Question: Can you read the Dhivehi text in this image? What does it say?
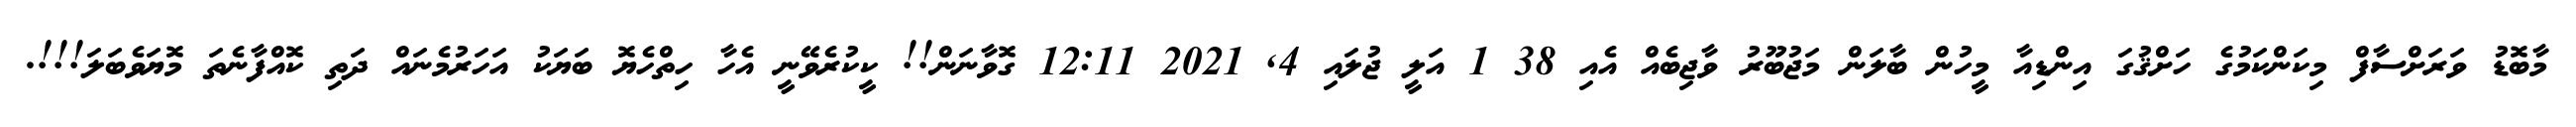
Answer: މާބޮޑު ވަރަށްސާފް މިކަންކަމުގެ ހަށްޤުގަ އިންޑިއާ މީހުން ބާލަން މަޖުބޫރު ވާޖިބެއް އެއި 38 1 އަލީ ޖުލައި 4, 2021 12:11 ގޮވާނަން!! ކީކުރެވޭނީ އެހާ ހިތްހެޔޮ ބަޔަކު އަހަރުމެނައް ދަތި ކޮއްފާނެތަ މޮޔަވެބަލަ!!!.